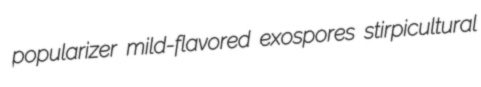
popularizer mild-flavored exospores stirpicultural